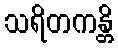
သရိတကန္တိ